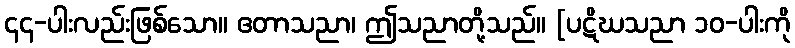
၄၄-ပါးလည်းဖြစ်သော။ ဧတာသညာ၊ ဤသညာတို့သည်။ [ပဋိဃသညာ ၁၀-ပါးကို